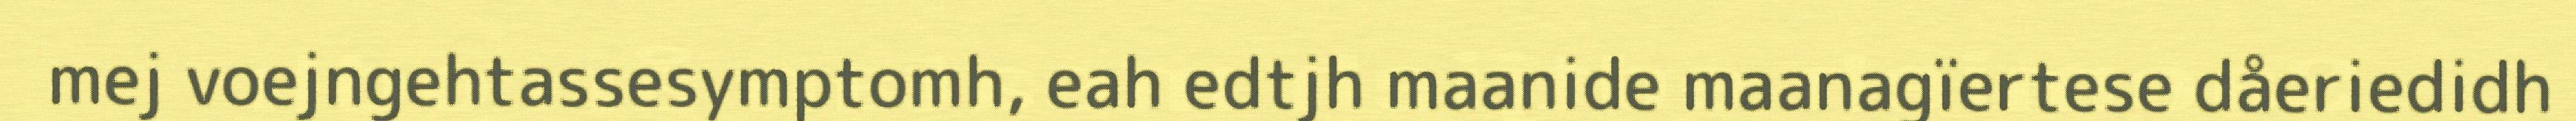
mej voejngehtassesymptomh, eah edtjh maanide maanagïertese dåeriedidh